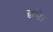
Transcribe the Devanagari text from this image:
छने।